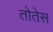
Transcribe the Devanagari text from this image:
तोतेस